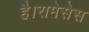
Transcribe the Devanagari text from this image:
है।रामेसेस